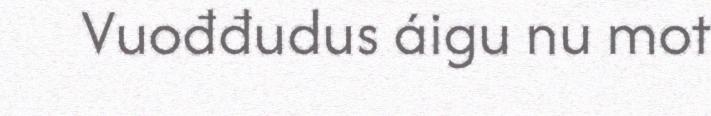
Vuođđudus áigu nu mot